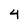
Character: 4